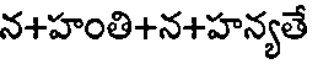
న+హంతి+న+హన్యతే